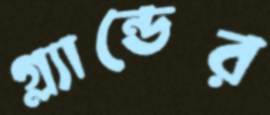
গ্ল্যান্ডের